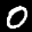
Label: 0